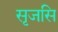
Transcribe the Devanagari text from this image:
सृजसि